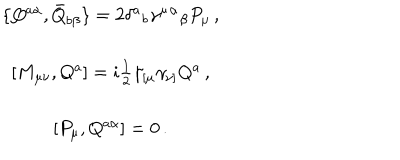
\begin{array} { c } { { \{ Q ^ { a \alpha } , \bar { Q } _ { b \beta } \} = 2 \delta ^ { a } { } _ { b } \gamma ^ { \mu } { } ^ { \alpha } { } _ { \beta } P _ { \mu } \, , } } \\ { { { } } } \\ { { { } [ M _ { \mu \nu } , Q ^ { a } ] = i \textstyle { \frac { 1 } { 2 } } \gamma _ { [ \mu } \gamma _ { \nu ] } Q ^ { a } \, , } } \\ { { { } } } \\ { { { } [ { P } _ { \mu } , Q ^ { a \alpha } ] = 0 \, . } } \\ \end{array}